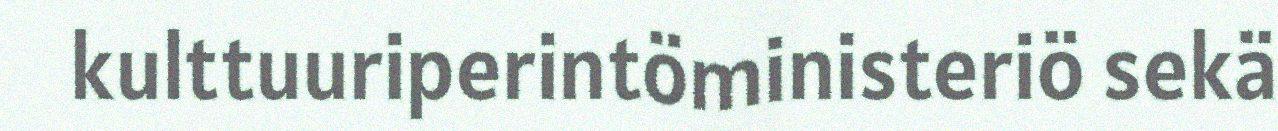
kulttuuriperintöministeriö sekä